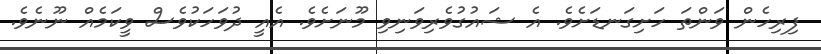
ފިރިހެން ވަންތަ ހަށިގަނޑަށެވެ. އެ ޝައުގުވެރިވަނިވި މޫނަށެވެ. އެއީ ދުވަހަކުވެސް ވީކަމެއް ނޫނެވެ.